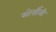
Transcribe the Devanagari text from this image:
सोर्सीसी